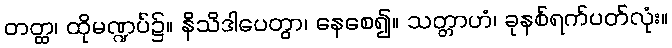
တတ္ထ၊ ထိုမဏ္ဍပ်၌။ နိသိဒါပေတွာ၊ နေစေ၍။ သတ္တာဟံ၊ ခုနစ်ရက်ပတ်လုံး။